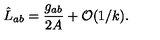
\hat { L } _ { a b } = { \frac { g _ { a b } } { 2 A } } + { \cal O } ( 1 / k ) .